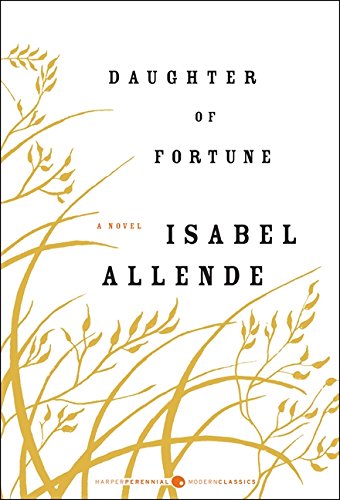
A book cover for Daughter of Fortune: A Novel; Isabel Allende; Literature & Fiction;